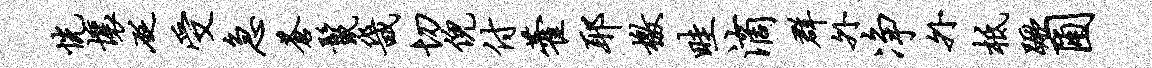
恍壤砭受急苍鬣畿切倪付藿耶檄畦滴群外净外柢蹶圃